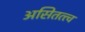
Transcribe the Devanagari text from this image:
असितत्त्व